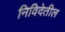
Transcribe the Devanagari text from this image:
निविदेतील